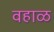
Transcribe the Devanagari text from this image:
वहाळ